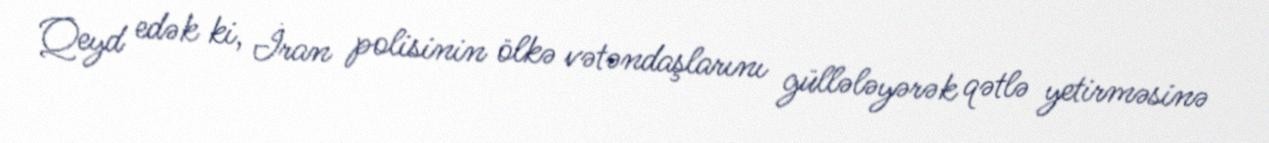
Qeyd edək ki, İran polisinin ölkə vətəndaşlarını güllələyərək qətlə yetirməsinə